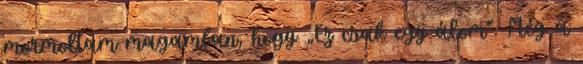
mormoltam magamban, hogy „Ez csak egy álom”. Még a